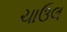
ચાઉલ